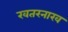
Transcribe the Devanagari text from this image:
खतरनाख